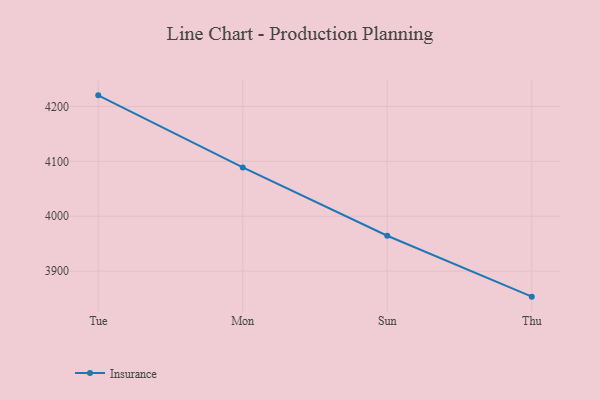
{"axis": {"x": "Day", "y": "Headcount"}, "legend": ["Insurance"], "data": [{"x": "Tue", "y": 4220.2, "type": "Insurance"}, {"x": "Mon", "y": 4088.9, "type": "Insurance"}, {"x": "Sun", "y": 3964.4, "type": "Insurance"}, {"x": "Thu", "y": 3853.5, "type": "Insurance"}]}